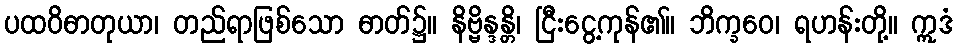
ပထဝိဓာတုယာ၊ တည်ရာဖြစ်သော ဓာတ်၌။ နိဗ္ဗိန္ဒန္တိ၊ ငြီးငွေ့ကုန်၏။ ဘိက္ခဝေ၊ ရဟန်းတို့။ ဣဒံ